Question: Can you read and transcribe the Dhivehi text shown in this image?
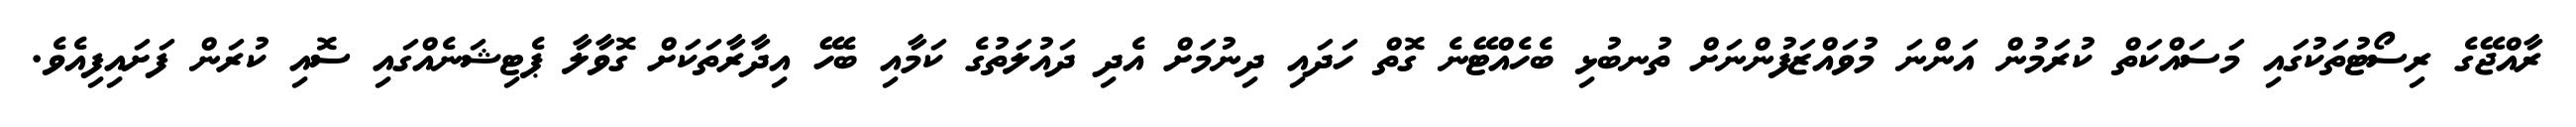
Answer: ރާއްޖޭގެ ރިސޯޓުތަކުގައި މަސައްކަތް ކުރަމުން އަންނަ މުވައްޒަފުންނަށް ތުނބުޅި ބެހެއްޓޭނެ ގޮތް ހަދައި ދިނުމަށް އެދި ދައުލަތުގެ ކަމާއި ބެހޭ އިދާރާތަކަށް ގޮވާލާ ޕެޓިޝަނެއްގައި ސޮއި ކުރަން ފަށައިފިއެވެ.